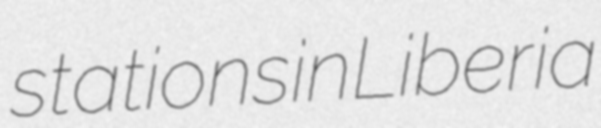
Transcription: stations in Liberia